Report on vaccination in Madras 1904-1921 - 1904-1921
Year: 1904
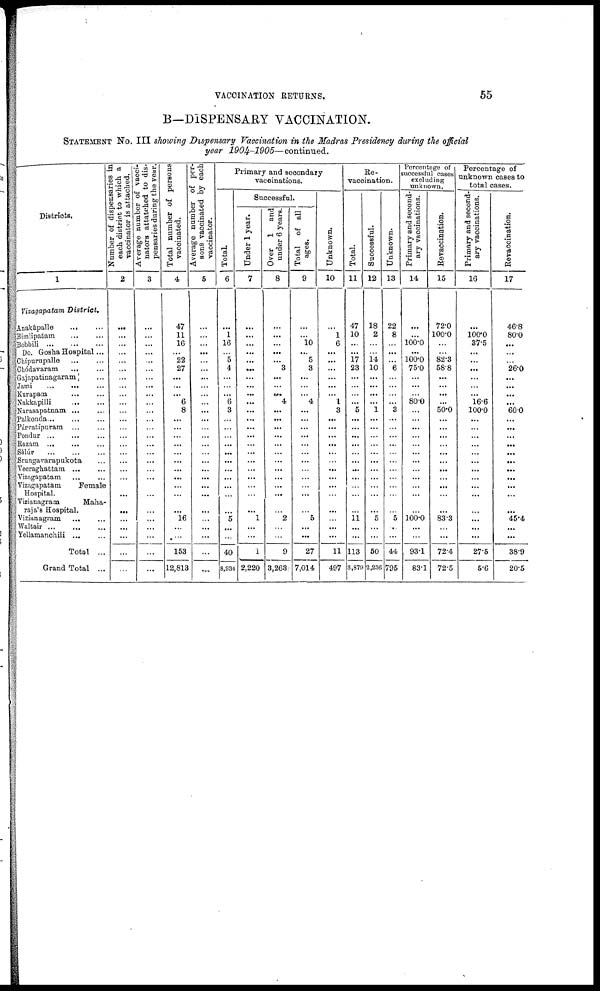
VACCINATION RETURNS.
55
B—DISPENSARY VACCINATION.
STATEMENT NO. III showing Dispensary Vaccination in the Madras Presidency during the official
year
1904-1905—continued.
Districts.
1
Vizagapatam District,
Anakápalle ... ...
Bimlipatam
...
...
Bobbili
...
...
...
Do. Gosha Hospital ...
Chípurapalle
...
...
Chódavaram
...
...
Gajapatinagaram ...
Jami
...
... ...
Kurapam
...
...
Nakkapilli
...
...
Narasapatnam ... ...
Palkonda ... ... ...
Párvatípuram ... ...
Pondur ... ... ...
Razam ...
... ...
Sálúr
...
...
...
Srungavarapukota ...
Veeraghattam ... ...
Vizagapatam ... ...
Vizagapatam
Female
Hospital.
Vizianagram
Maha-
raja's Hospital.
Vizianagram ... ...
Waltair
...
...
...
Yellamanchili ... ...
Total ...
Grand Total ...
Number of dispensaries in
each district to which a
vaccinator is attached.
2
...
...
...
...
...
...
...
...
...
...
...
...
...
...
...
...
...
...
...
...
...
...
...
...
...
...
Average number of vacci-
nators attatched to dis-
pensaries during the year.
3
...
...
...
...
...
...
...
...
...
...
...
...
...
...
...
...
...
...
...
...
...
...
...
...
...
...
Total number of persons
vaccinated.
4
47
11
16
...
22
27
...
...
...
6
8
...
...
...
...
...
...
...
...
...
...
16
...
...
153
12,813
Average number of per-
sons vaccinated by each
vaccinator.
5
...
...
...
...
...
...
...
...
...
...
...
...
...
...
...
...
...
...
...
...
...
...
...
...
...
...
Primary and secondary
vaccinations.
Total
6
...
1
16
...
5
4
...
...
...
6
3
...
...
...
...
...
...
...
...
...
...
5
...
...
40
8,934
Successful.
Under 1 year.
7
...
...
...
...
...
...
...
...
...
...
...
...
...
...
...
...
...
...
...
...
...
1
...
...
1
2,220
Over 1 and
under 6 years.
8
...
...
...
...
...
3
...
...
...
4
...
...
...
...
...
...
...
...
...
...
...
2
...
...
9
3,263
Total of all
ages.
9
...
...
10
...
5
3
...
...
...
4
...
...
...
...
...
...
...
...
...
...
...
5
...
...
27
7,014
Unknown.
10
...
1
6
...
...
...
...
...
...
1
3
...
...
...
...
...
...
...
...
...
...
...
...
...
11
497
Re¬
vaccination.
Total.
11
47
10
...
...
17
23
...
...
...
...
5
...
...
...
...
...
...
...
...
...
...
11 ...
...
113
3,879
Successful.
12
18
2
...
...
14
10
...
...
...
...
1
...
...
...
...
...
...
...
...
...
...
5
...
...
60
2,236
Unknown.
13
22
8
...
...
...
...
...
...
...
...
...
...
...
...
...
...
...
...
...
...
...
5
...
...
44
795
Percentage of
successful cases
excluding
unknown.
Primary and second-
ary vaccinations.
14
...
...
100.0
...
100.0
75.0
...
...
...
80.0
...
...
...
...
...
...
...
...
...
...
...
100.0
...
...
93.1
83.1
Revaccination.
15
72.0
100.0
...
...
82.3
58.8
...
...
...
...
50.0
...
...
...
...
...
...
...
...
...
...
83.3
...
...
72.4
72.5
Percentage of
unknown cases to
total cases.
Primary and second-
ary vaccinations.
16
...
100.0
37.5
...
...
...
...
...
...
16.6
100.0
...
...
...
...
...
...
...
...
...
...
...
...
...
27.5
5.6
Revaccination.
17
46.8
80.0
...
...
...
26.0
...
...
...
...
60.0
...
...
...
...
...
...
...
...
...
...
45.4
...
...
38.9
20.5